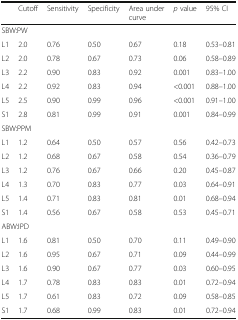
|  | Cutoff | Sensitivity | Specificity | Area under curve | p value | 95% CI |
 | --- | --- | --- | --- | --- | --- | --- |
 | <COLSPAN=7> SBW:PW |
 | L1 | 2.0 | 0.76 | 0.50 | 0.67 | 0.18 | 0.53–0.81 |
 | L2 | 2.0 | 0.78 | 0.67 | 0.73 | 0.06 | 0.58–0.89 |
 | L3 | 2.2 | 0.90 | 0.83 | 0.92 | 0.001 | 0.83–1.00 |
 | L4 | 2.2 | 0.92 | 0.83 | 0.94 | <0.001 | 0.88–1.00 |
 | L5 | 2.5 | 0.90 | 0.99 | 0.96 | <0.001 | 0.91–1.00 |
 | S1 | 2.8 | 0.81 | 0.99 | 0.91 | 0.001 | 0.84–0.99 |
 | <COLSPAN=7> SBW:PPM |
 | L1 | 1.2 | 0.64 | 0.50 | 0.57 | 0.56 | 0.42–0.73 |
 | L2 | 1.2 | 0.68 | 0.67 | 0.58 | 0.54 | 0.36–0.79 |
 | L3 | 1.2 | 0.76 | 0.67 | 0.66 | 0.20 | 0.45–0.87 |
 | L4 | 1.3 | 0.70 | 0.83 | 0.77 | 0.03 | 0.64–0.91 |
 | L5 | 1.4 | 0.71 | 0.83 | 0.81 | 0.01 | 0.68–0.94 |
 | S1 | 1.4 | 0.56 | 0.67 | 0.58 | 0.53 | 0.45–0.71 |
 | <COLSPAN=7> ABW:IPD |
 | L1 | 1.6 | 0.81 | 0.50 | 0.70 | 0.11 | 0.49–0.90 |
 | L2 | 1.6 | 0.95 | 0.67 | 0.71 | 0.09 | 0.44–0.99 |
 | L3 | 1.6 | 0.90 | 0.67 | 0.77 | 0.03 | 0.60–0.95 |
 | L4 | 1.7 | 0.78 | 0.83 | 0.83 | 0.01 | 0.72–0.94 |
 | L5 | 1.7 | 0.61 | 0.83 | 0.72 | 0.09 | 0.58–0.85 |
 | S1 | 1.7 | 0.68 | 0.99 | 0.83 | 0.01 | 0.72–0.94 |